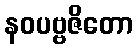
နဝပဗ္ဗဇိတော